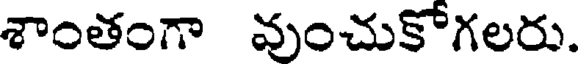
శాంతంగా వుంచుకోగలరు.